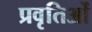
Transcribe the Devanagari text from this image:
प्रवृतिओं